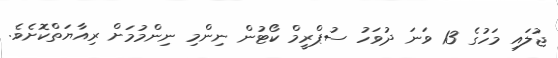
ޖުލައި މަހުގެ 13 ވަނަ ދުވަހު ސުޕްރީމް ކޯޓުން ނިންމި ނިންމުމަށް ރިއާޔަތްކޮށެވެ.